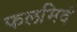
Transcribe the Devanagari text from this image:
फलमिदं